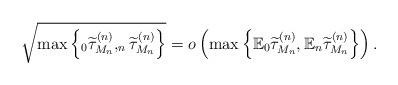
\begin{align*} \sqrt{\max\left\{_0\widetilde{\tau}^{(n)}_{M_n},_n\widetilde{\tau}^{(n)}_{M_n}\right\}} =o\left(\max\left\{\mathbb{E}_0\widetilde{\tau}^{(n)}_{M_n},\mathbb{E}_n\widetilde{\tau}^{(n)}_{M_n}\right\}\right).\end{align*}